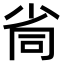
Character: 𡭸